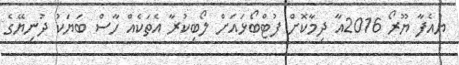
ޔުއެފާ ޔޫރޯ 2016އާ ދިމާކޮށް ފުޓްބޯޅައަށް ލޯބިކުރާ އެތަކެއް ހާސް ބަޔަކު ދުނިޔޭގެ